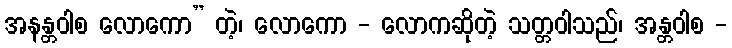
အနန္တဝါစ လောကော” တဲ့၊ လောကော - လောကဆိုတဲ့ သတ္တဝါသည်၊ အန္တဝါစ -